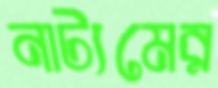
নাট্যমের